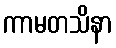
ကာမတသိနာ